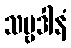
သဗ္ဗဒါနံ